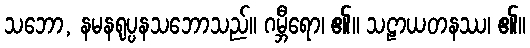
သဘော, နမနရုပ္ပနသဘောသည်။ ဂမ္ဘီရော၊ ၏။ သဠာယတနဿ၊ ၏။